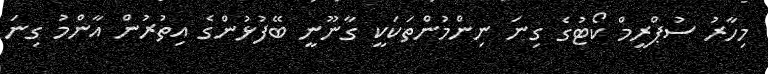
މިހާރު ސުޕްރީމް ކޯޓުގެ ގިނަ ނިންމުންތަކަކީ ގާނޫނީ ބޭފުޅުންގެ އިތުރުން އާންމު ގިނަ